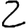
Digit: 2